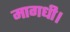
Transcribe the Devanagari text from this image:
मागधी।